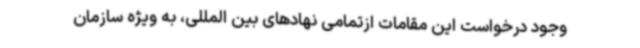
وجود درخواست این مقامات ازتمامی نهادهای بین المللی‌، به ویژه سازمان